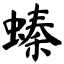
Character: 螓